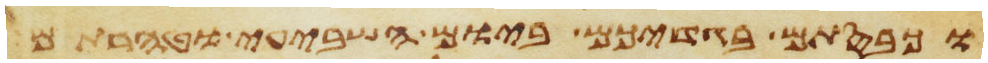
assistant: וכבסתם בגדיכם ביום השביעי וטהרתם